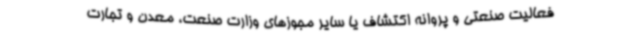
فعالیت صنعتی و پروانه اکتشاف یا سایر مجوزهای وزارت صنعت، معدن و تجارت